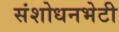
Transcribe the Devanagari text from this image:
संशोधनभेटी